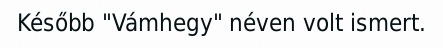
Később "Vámhegy" néven volt ismert.